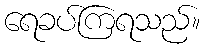
ရေခပ်ကြရသည်။